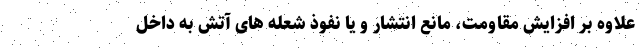
علاوه بر افزایش مقاومت، مانع انتشار و یا نفوذ شعله های آتش به داخل